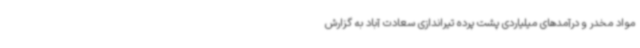
مواد مخدر و درآمدهای میلیاردی پشت پرده تیراندازی سعادت‌ آباد به گزارش